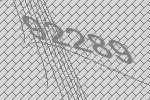
92289